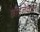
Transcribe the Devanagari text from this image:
छोड़नेवाले